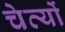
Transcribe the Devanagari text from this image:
चेत्यों